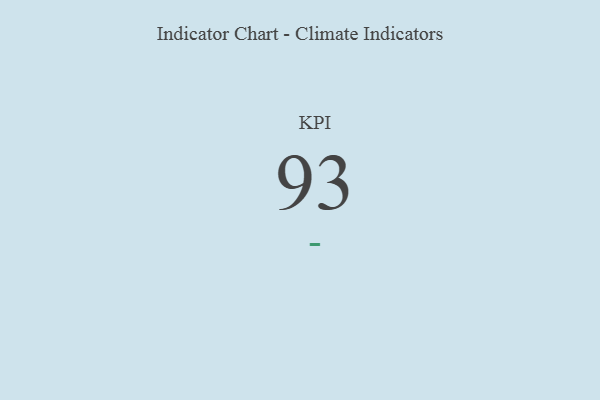
{"axis": {"x": "KPI", "y": "Value"}, "legend": [""], "data": [{"x": "KPI", "y": 93, "type": ""}]}